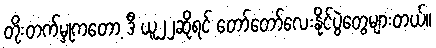
တိုးတက်မှုကတော့ ဒီ ယူ၂၂ဆိုရင် တော်တော်လေးနိုင်ပွဲတွေများတယ်။